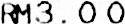
RM3.00